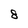
Character: 8